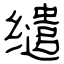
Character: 缱